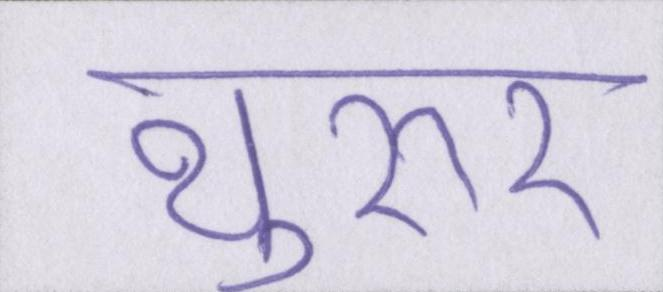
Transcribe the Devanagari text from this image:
थुरूर